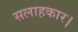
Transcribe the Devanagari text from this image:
सलाहकार।